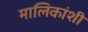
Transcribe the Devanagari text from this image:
मालिकांशी